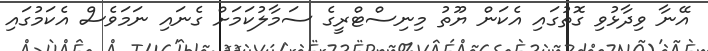
އޭނާ ވިދާޅުވި ގޮތުގައި އެކަން ޔޫތު މިނިސްޓްރީގެ ސަމާލުކަމަށް ގެނައި ނަމަވެސް އެކަމުގައި